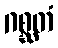
ဂစ္ဆတံ